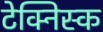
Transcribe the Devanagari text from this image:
टेक्निस्क